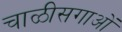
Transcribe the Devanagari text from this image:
चाळीसगाओं